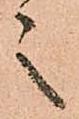
之